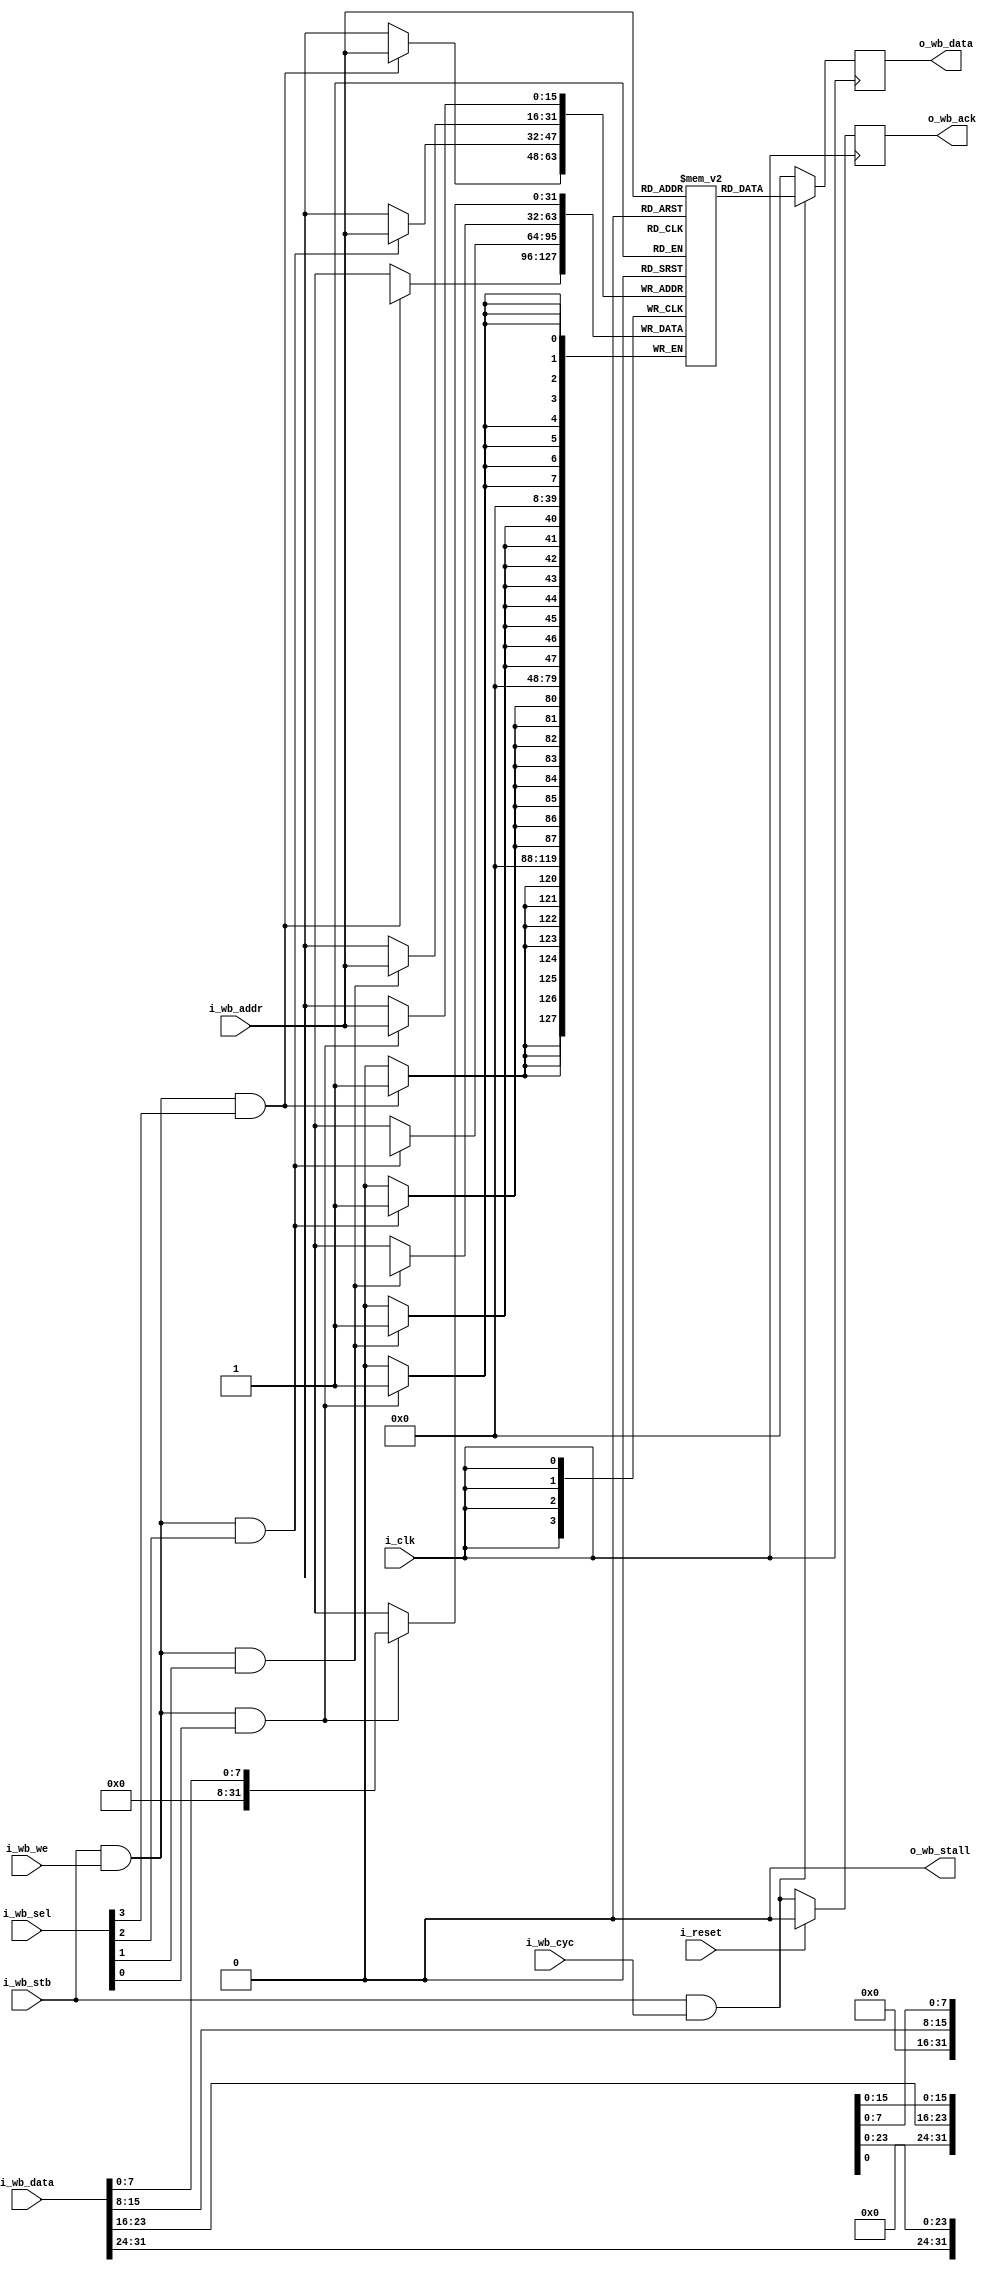
`default_nettype none

module memdev50(i_clk, i_reset,
	i_wb_cyc, i_wb_stb, i_wb_we, i_wb_addr, i_wb_data, i_wb_sel,
	o_wb_stall, o_wb_ack, o_wb_data);

	parameter MEMSZ=262144;
	parameter DW=32;
	parameter EXTRACLOCK= 0;
	parameter HEXFILE="";

	localparam AW = $clog2(MEMSZ)-($clog2(DW)-3);

	input wire i_clk, i_reset;
	input wire i_wb_cyc, i_wb_stb, i_wb_we;
	input wire [AW-1:0] i_wb_addr;
	input wire [DW-1:0] i_wb_data;
	input wire [DW/8-1:0] i_wb_sel;
	output wire o_wb_stall;
	output reg o_wb_ack;
	output reg [DW-1:0] o_wb_data;

	wire w_wstb, w_stb;
	wire [DW-1:0] w_data;
	wire [AW-1:0] w_addr;
	wire [DW/8-1:0] w_sel;

	reg [DW-1:0] mem [0:(1<<AW)-1];

	generate if (HEXFILE != 0)
	begin: preload
		initial $readmemh(HEXFILE, mem);
	end endgenerate

	generate if (EXTRACLOCK == 0) begin
		assign w_wstb = i_wb_stb&i_wb_we;
		assign w_stb = i_wb_stb;
		assign w_addr = i_wb_addr;
		assign w_data = i_wb_data;
		assign w_sel = i_wb_sel;
		assign o_wb_stall = 0;
	end endgenerate
	generate if (EXTRACLOCK != 0) begin
		reg saved_we, delayed_stb;
		reg [AW-1:0] saved_addr;
		reg [DW-1:0] saved_data;
		reg [DW/8-1:0] saved_sel;
		reg [6:0] count;
		always @(posedge i_clk) begin
			if (!o_wb_stall) begin
				saved_data <= i_wb_data;
				saved_addr <= i_wb_addr;
				saved_sel <= i_wb_sel;
				saved_we <= i_wb_we;
			end
			delayed_stb <= 0;
			count <= 0;
			if (i_reset)
				;
//			else if (delayed_stb & ~i_wb_stb) begin
//				delayed_stb <= 0;
//				count <= 0;
//			end
			else if (count==EXTRACLOCK) begin
				delayed_stb <= 1;
			end else if (|count)
				count <= count+1;
			else if (i_wb_stb)
				count <= 1;
		end
		assign w_wstb = delayed_stb&saved_we;
		assign w_stb = delayed_stb;
		assign w_addr = saved_addr;
		assign w_data = saved_data;
		assign w_sel = saved_sel;
		assign o_wb_stall = |count;
	end endgenerate

	generate if (EXTRACLOCK != 0)
	always @(posedge i_clk)
		o_wb_data <= mem[w_addr];
	else
	always @(posedge i_clk)
		if (w_stb & i_wb_cyc)
			o_wb_data <= mem[w_addr];
		else
			o_wb_data <= 0;
	endgenerate

	genvar i;
	generate
		for (i = DW/8-1; i>=0; i=i-1) begin : write_a_byte
			always @(posedge i_clk)
				if (w_wstb&w_sel[i])
					mem[w_addr][7+8*i:8*i] <= w_data[7+8*i:8*i];
		end
	endgenerate
// wire [31:0] snoop40 = mem['h40];
// wire [31:0] snoop41 = mem['h41];

	always @(posedge i_clk)
		if (i_reset)
			o_wb_ack <= 0;
		else begin
			o_wb_ack <= w_stb&i_wb_cyc;
$display("T=%d set wb_ack to ", $time, w_stb & i_wb_cyc);
		end
endmodule